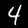
Label: 4